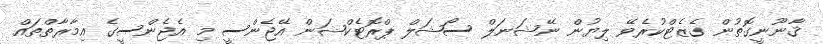
ޤާނޫނީގޮތުން ގެޒެޓްކުރެވޭ ލިޔުން ނޭޝަނަލް ސޯޝަލް ޕްރޮޓެކްޝަން އޭޖެންސީ މި އެޖެންސީގެ އިމާރާތްތައް